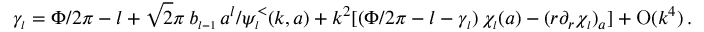
\gamma _ { \scriptscriptstyle { l } } = \Phi / 2 \pi - l + \sqrt 2 \pi \, b _ { \scriptscriptstyle { l - 1 } } \, a ^ { l } / \psi _ { \scriptscriptstyle { l } } ^ { < } ( k , a ) + k ^ { 2 } [ ( \Phi / 2 \pi - l - \gamma _ { \scriptscriptstyle { l } } ) \, \chi _ { \scriptscriptstyle { l } } ( a ) - ( r \partial _ { r } \chi _ { \scriptscriptstyle { l } } ) _ { a } ] + \mathrm { O } ( k ^ { 4 } ) \, .